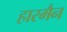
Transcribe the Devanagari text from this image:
हारमैन